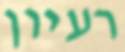
רעיון